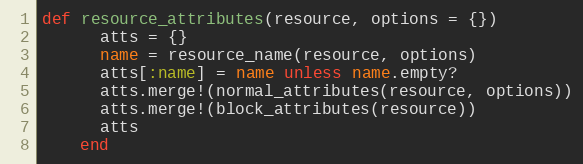
Language: Ruby
def resource_attributes(resource, options = {})
      atts = {}
      name = resource_name(resource, options)
      atts[:name] = name unless name.empty?
      atts.merge!(normal_attributes(resource, options))
      atts.merge!(block_attributes(resource))
      atts
    end